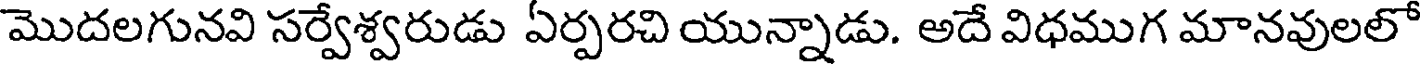
మొదలగునవి సర్వేశ్వరుడు ఏర్పరచి యున్నాడు. అదే విధముగ మానవులలో